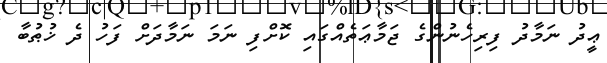
ޢީދުު ނަމާދު ފިރިހެނުންގެ ޖަމާޢަތެެއްގައި ކޮށްފި ނަމަ ނަމާދަށް ފަހު ދެ ޚުޠުބާ